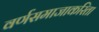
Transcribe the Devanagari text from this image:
वर्णसमाजाकरिता